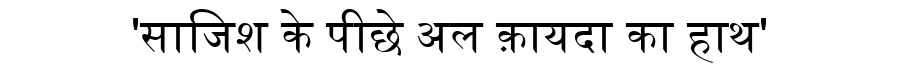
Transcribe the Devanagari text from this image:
'साजिश के पीछे अल क़ायदा का हाथ'